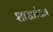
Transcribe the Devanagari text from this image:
शाखांयन